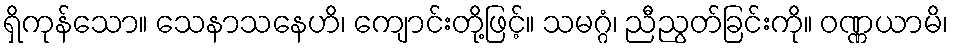
ရှိကုန်သော။ သေနာသနေဟိ၊ ကျောင်းတို့ဖြင့်။ သမဂ္ဂံ၊ ညီညွတ်ခြင်းကို။ ဝဏ္ဏယာမိ၊